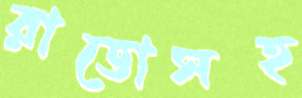
রাডোসহ